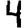
Digit: 4